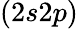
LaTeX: (2s2p)